On kala azar, malaria and malarial cachexia - Number 19
Disease focus: Malaria
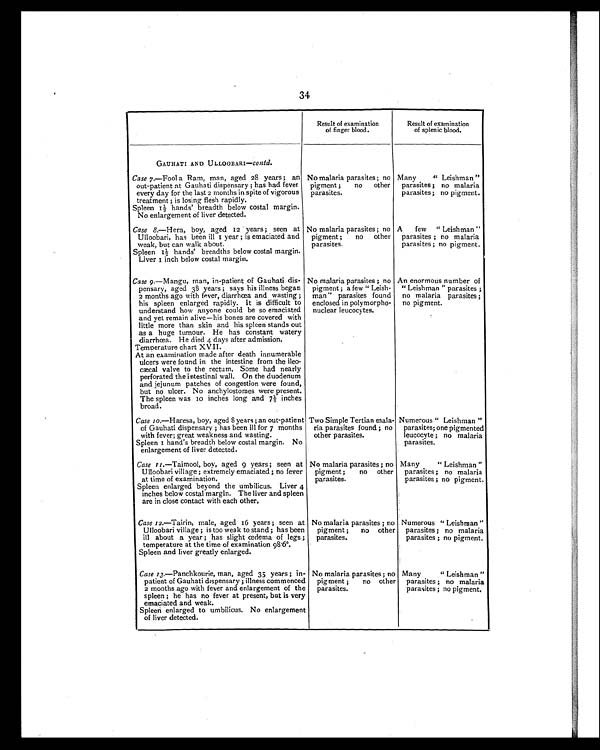
34
Result of examination
of finger blood.
Result of examination
of splenic blood.
GAUHATI AND ULLOOBARI—Contd.
Case 7.—Fool a Ram, man, aged 28 years ; an
out-patient at Gauhati dispensary ; has had fever
every day for the last 2 months in spite of vigorous
treatment ; is losing flesh rapidly.
Spleen 11/2 hands' breadth below costal margin.
No enlargement of liver detected.
No malaria parasites ; no
pigment ;
no
other
parasites.
Many" Leishman "
parasites ; no malaria
parasites; no pigment.
Case 8.—Hera, boy, aged 52 years ; seen at
Ulloobari, has been ill 1 year ; is emaciated and
weak, but can walk about.
Spleen 11/2 hands' breadths below costal margin.
Liver 1 inch below costal margin.
No malaria parasites ; no
pigment ;
no other
parasites.
A
few "Leishman "
parasites ; no malaria
parasites ; no pigment.
Case 9.—Mangu, roan, in-patient of Gauhati dis-
pensary, aged 38 years ; says his illness began
2 months ago with fever, diarrhœa and wasting ;
his spleen enlarged rapidly. It is difficult to
understand how anyone could be so emaciated
and yet remain alive—his bones are covered with
little more than skin and his spleen stands out
as a huge tumour. He has constant watery
diarrhœa. He died 4 days after admission.
Temperature chart XVII.
At an examination made after death innumerable
ulcers were found in the intestine from the ileo-
cæcal valve to the rectum. Some had nearly
perforated the intestinal wall. On the duodenum
and jejunum patches of congestion were found,
but no ulcer. No anchylostomes were present.
The spleen was 10 inches long and 71/2 inches
broad.
No malaria parasites ; no
pigment ; a few " Leish-
man" parasites found
enclosed in polymorpho-
nuclear leucocytes.
An enormous number of
" Leishman " parasites ;
no malaria parasites ;
no pigment.
Case 10.—Haresa, boy, aged 8 years ; an out-patient
of Gauhati dispensary ; has been ill for 7 months
with fever; great weakness and wasting.
Spleen 1 hand's breadth below costal margin. No
enlargement of liver detected.
Two Simple Tertian mala-
ria parasites found ; no
other parasites.
Numerous " Leishman "
parasites; one pigmented
leucocyte ; no malaria
parasites.
Case 11.—Taimool, boy, aged 9 years ; seen at
Ulloobari village ; extremely emaciated ; no fever
at time of examination.
Spleen enlarged beyond the umbilicus. Liver 4
inches below costal margin. The liver and spleen
are in close contact with each other.
No malaria parasites ; no
pigment ;
no other
parasites.
Many
" Leishman "
parasites ; no malaria
parasites ; no pigment.
Case 12.—Tairin, male, aged 16 years; seen at
Ulloobari village ; is too weak to stand ; has been
ill about a year ; has slight oedema of legs ;
temperature at the time of examination 98.6°.
Spleen and liver greatly enlarged.
No malaria parasites ; no
pigment ;
no other
parasites.
Numerous " Leishman "
parasites ; no malaria
parasites ; no pigment.
Case 13.—Panchkourie, man, aged 35 years ; in-
patient of Gauhati dispensary ; illness commenced
2 months ago with fever and enlargement of the
spleen ; he has no fever at present, but is very
emaciated and weak.
Spleen enlarged to umbilicus. No enlargement
of liver detected.
No malaria parasites ; no
pigment ;
no other
parasites.
Many
" Leishman "
parasites ; no malaria
parasites ; no pigment.